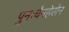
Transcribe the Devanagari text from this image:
पुनःचैनहेसेन